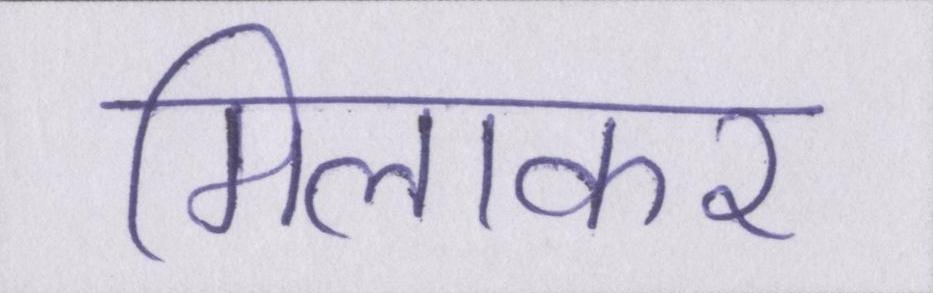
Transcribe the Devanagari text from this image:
मिलाकर